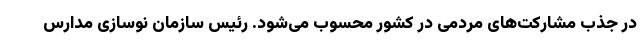
در جذب مشارکت‌های مردمی در کشور محسوب می‌شود. رئیس سازمان نوسازی مدارس